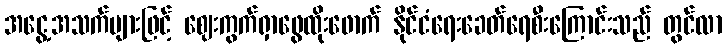
အငွေ့အသက်များဖြင့် ဈေးကွက်ရှာဖွေထိုးဖောက် နိုင်ငံရေးခေတ်ရေစီးကြောင်းသည် တွင်လာ